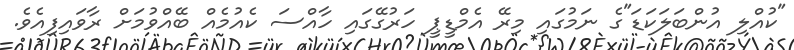
"ކުއްލި އުންބަލަކަޑަ"ގެ ނަމުގައި މިރޭ އެމްޑީޕީ ހަރުގޭގައި ހާއްސަ ކެއުމެއް ބޭއްވުމަށް ރާވައިފިއެވެ.